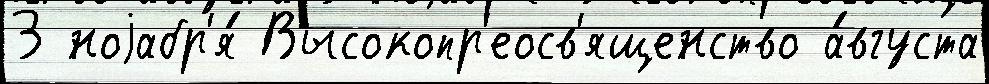
3 ноjабр'я́ Высокопр'еосв'ященство а́вгуста